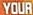
YOUR